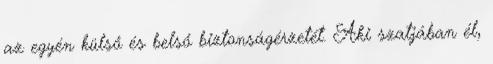
az egyén külső és belső biztonságérzetét. Aki szatjában él,